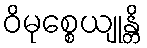
ဝိမုစ္စေယျုန္တိ